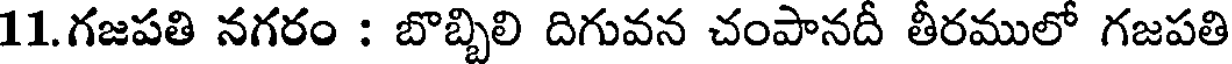
11.గజపతి నగరం : బొబ్బిలి దిగువన చంపానదీ తీరములో గజపతి